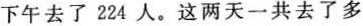
下午去了224人。这两天一共去了多